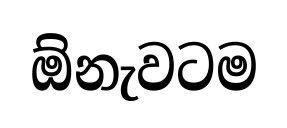
ඕනැවටම